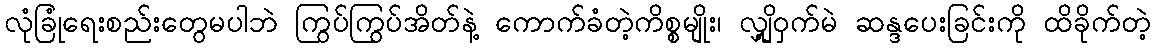
လုံခြုံရေးစည်းတွေမပါဘဲ ကြွပ်ကြွပ်အိတ်နဲ့ ကောက်ခံတဲ့ကိစ္စမျိုး၊ လျှို့ဝှက်မဲ ဆန္ဒပေးခြင်းကို ထိခိုက်တဲ့